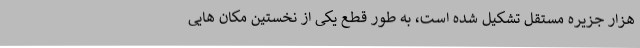
هزار جزیره مستقل تشکیل شده است، به طور قطع یکی از نخستین مکان هایی